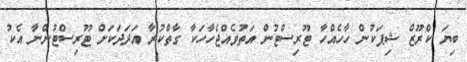
ބިޔަ ކްރޫޒް ޝިޕަކުން ހާހެއްހާ ޓޫރިސްޓުން އަތުވެއްޖެހާހަކާ ގާތްކުރާ އަދަދަކަށް ޓޫރިސްޓުންނާ އެކު